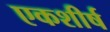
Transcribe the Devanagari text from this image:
एकशीर्ष